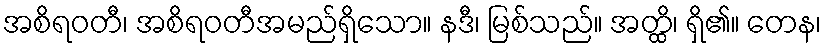
အစိရဝတီ၊ အစိရဝတီအမည်ရှိသော။ နဒီ၊ မြစ်သည်။ အတ္ထိ၊ ရှိ၏။ တေန၊